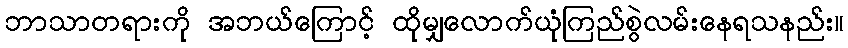
ဘာသာတရားကို အဘယ်ကြောင့် ထိုမျှလောက်ယုံကြည်စွဲလမ်းနေရသနည်း။